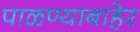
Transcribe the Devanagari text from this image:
पाळण्याबाहेर